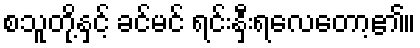
စသူတို့နှင့် ခင်မင် ရင်းနှီးရလေတော့၏။